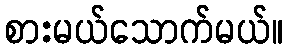
စားမယ်သောက်မယ်။